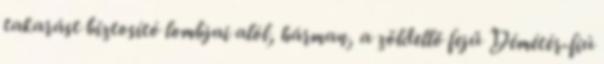
takarást biztosító lombjai alól, hárman, a zöldellő fejű Démétér-fiú